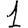
Digit: 1